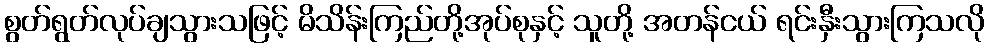
စွတ်ရွတ်လုပ်ချသွားသဖြင့် မိသိန်းကြည်တို့အုပ်စုနှင့် သူတို့ အတန်ငယ် ရင်းနှီးသွားကြသလို